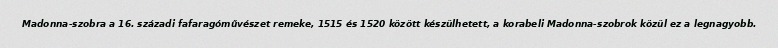
Madonna-szobra a 16. századi fafaragóművészet remeke, 1515 és 1520 között készülhetett, a korabeli Madonna-szobrok közül ez a legnagyobb.